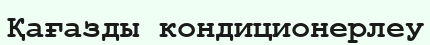
Қағазды кондиционерлеу